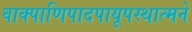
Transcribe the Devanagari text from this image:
वाक्पाणिपादपायूपस्थात्मने